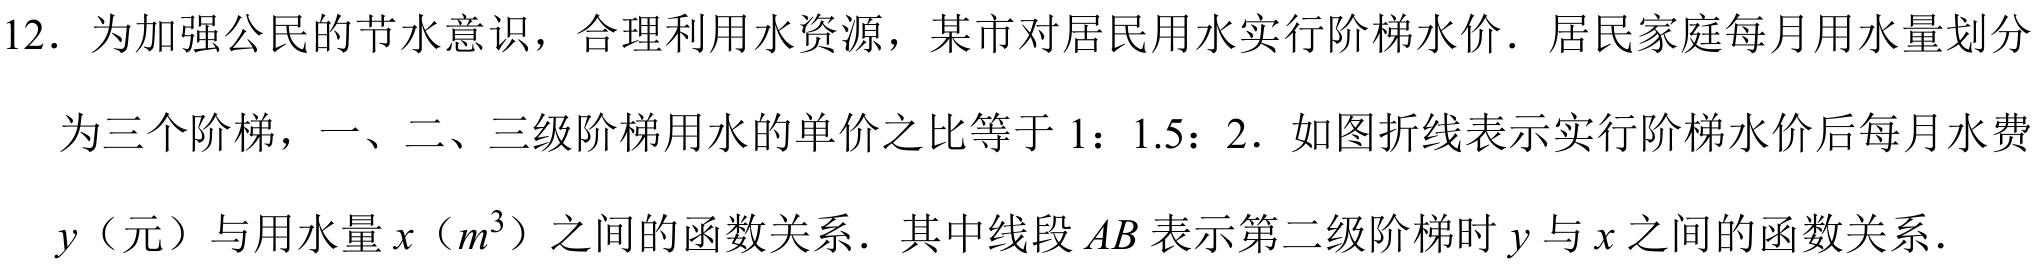
12. 为加强公民的节水意识，合理利用水资源，某市对居民用水实行阶梯水价．居民家庭每月用水量划分
为三个阶梯，一、二、三级阶梯用水的单价之比等于 \(1:1.5:2\)．如图折线表示实行阶梯水价后每月水费
\(y\)（元）与用水量 \(x\)（\(m^{3}\)）之间的函数关系．其中线段 \(AB\)表示第二级阶梯时 \(y\)与 \(x\)之间的函数关系．